Vaccination in Bombay 1924-1928 - 1924-1928
Year: 1924
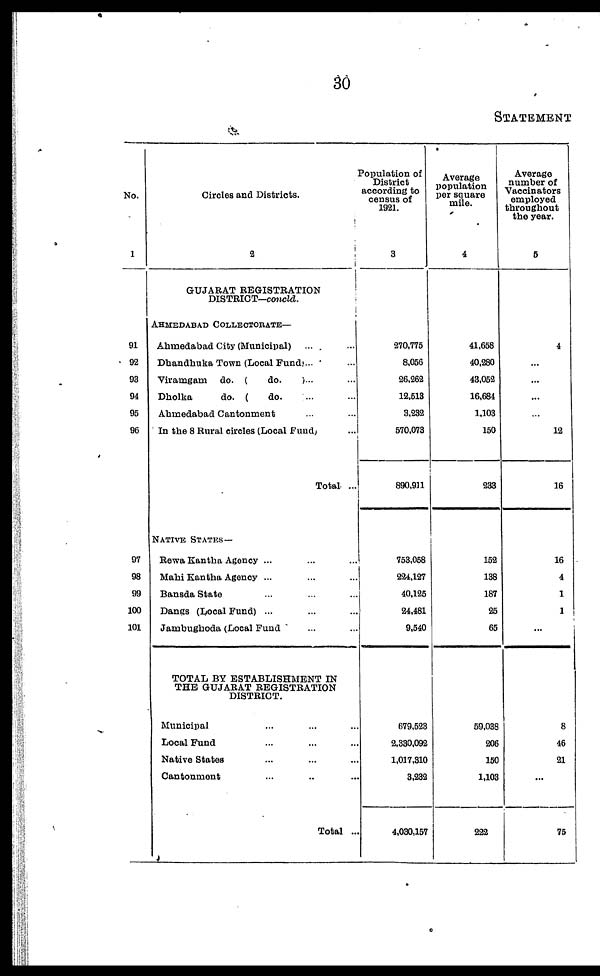
30
STATEMENT
No.
1
91
92
93
94
95
96
97
98
99
100
101
Circles and Districts.
2
GUJARAT REGISTRATION
DISTRICT—concld.
AHMEDABAD COLLECTORATE—
Ahmedabad City (Municipal) ... ...
Dhandhuka Town (Local Fund)... ...
Viramgam do. (
do.
)... ...
Dholka
do. (
do. ) ... ...
Ahmedabad Cantonment ... ...
In the 8 Rural circles (Local Fund) ...
Total ...
NATIVE STATES—
Rewa Kantha Agency ... ... ...
Mahi Kantha Agency ... ... ...
Bansda State ... ... ...
Dangs (Local Fund) ... ... ...
Jambughoda (Local Fund ) ... ...
TOTAL BY ESTABLISHMENT IN
THE GUJARAT REGISTRATION
DISTRICT.
Municipal ... ... ...
Local Fund ... ... ...
Native States ... ... ...
Cantonment ... ... ...
Total ...
Population of
District
according to
census of
1921.
3
270,775
8,056
26,262
12,513
3,232
570,073
890,911
753,058
224,127
40,125
24,481
9,540
679,523
2,330,092
1,017,310
3,232
4,030,157
Average
population
per square
mile.
4
41,658
40,280
43,052
16,684
1,103
150
233
152
138
187
25
65
59,038
206
150
1,103
222
Average
number of
Vaccinators
employed
throughout
the year.
5
4
...
...
...
...
12
16
16
4
1
1
...
8
46
21
...
75